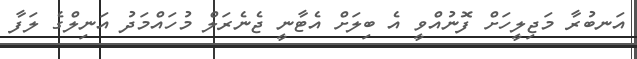
އަނބުރާ މަޖިލީހަށް ފޮނުއްވީ އެ ބިލަށް އެޓާނީ ޖެނެރަލް މުހައްމަދު އަނިލްގެ ލަފާ